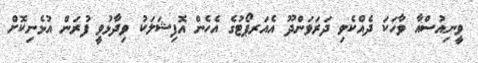
ވީނިއުސްއާ ވާހަކަ ދެއްކެވި ދަރަވަންދޫ އެއަރޕޯޓުގެ އެހެން އޮފިޝަލަކު ވިދާޅުވީ ފުރަން އުޅެނިކޮށް